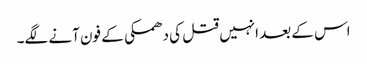
اس کے بعد انہیں قتل کی دھمکی کے فون آنے لگے۔